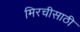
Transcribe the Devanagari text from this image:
मिरचीसाठी